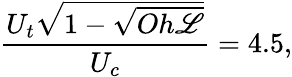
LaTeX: \frac{U_{t}\sqrt{1-\sqrt{Oh{\mathscr{L}}}}}{U_{c}}=4.5,